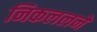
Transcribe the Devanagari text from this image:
निकललने